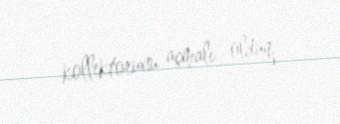
kollektorunu açmalı olduq.